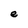
Character: e